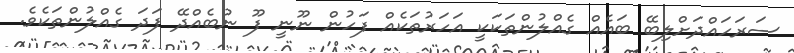
ސަރަހައްދަށްލިބޭ ބައެއް ގެއްލުންތަކަކީ އަހަރުތަކެއް ފަހުން ނޫނީ ފޫ ނުބެއްދޭ ފަދަ ގެއްލުންތަކެވެ.